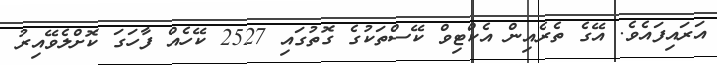
އަރައިފައެވެ. އޭގެ ތެރެއިން އެކްޓިވް ކޭސްތަކުގެ ގޮތުގައި 2527 ކޭހެއް ފާހަގަ ކޮށްލެވޭއިރު